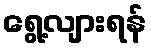
ရွေ့လျားရန်